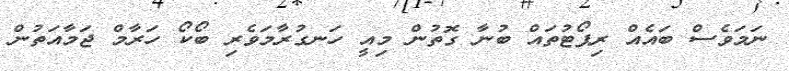
ނަމަވެސް ބައެއް ރިޕޯޓުތައް ބުނާ ގޮތުން މިއީ ހަނގުރާމަވެރި ބޯކޯ ހަރާމް ޖަމާއަތުން